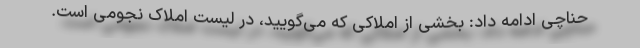
حناچی ادامه داد: بخشی از املاکی که می‌گویید، در لیست املاک نجومی است.